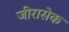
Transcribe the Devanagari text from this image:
जीरासेक